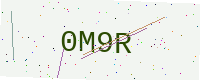
Text: 0M9R